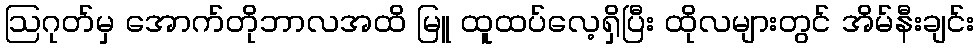
ဩဂုတ်မှ အောက်တိုဘာလအထိ မြူ ထူထပ်လေ့ရှိပြီး ထိုလများတွင် အိမ်နီးချင်း